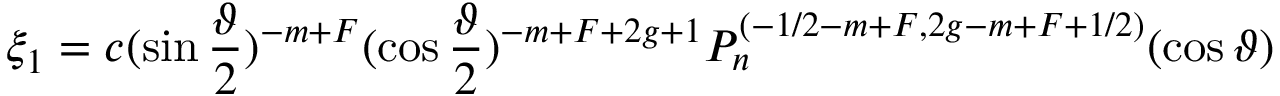
\xi _ { 1 } = c ( \sin \frac \vartheta 2 ) ^ { - m + F } ( \cos \frac \vartheta 2 ) ^ { - m + F + 2 g + 1 } P _ { n } ^ { ( - 1 / 2 - m + F , 2 g - m + F + 1 / 2 ) } ( \cos \vartheta )